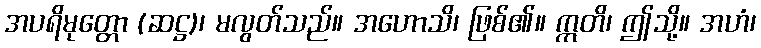
အပရိမုတ္တော (ဆဋ္ဌ)၊ မလွတ်သည်။ အဟောသိ၊ ဖြစ်၏။ ဣတိ၊ ဤသို့။ အဟံ၊